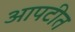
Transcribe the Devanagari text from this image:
आपटीत